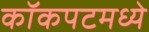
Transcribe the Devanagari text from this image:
कॉकपटमध्ये